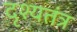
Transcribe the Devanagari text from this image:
दृश्यतंत्र